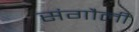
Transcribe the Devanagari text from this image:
संगौली